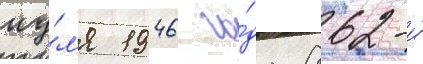
иу́л'я 1946 го́да 862-и́